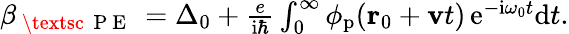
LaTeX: \begin{array}{r}{\beta_{\mathrm{~\textsc~{~P~E~}~}}=\Delta_{0}+\frac{e}{\mathrm{i}\hbar}\int_{0}^{\infty}\phi_{\mathrm{p}}(\mathbf{r}_{0}+\mathbf{v}t)\, \mathrm{e}^{-\mathrm{i}\omega_{0}t}\mathrm{d}t.}\end{array}